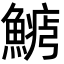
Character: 𩺋